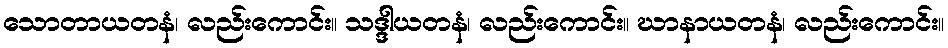
သောတာယတနံ၊ လည်းကောင်း။ သဒ္ဒါယတနံ၊ လည်းကောင်း။ ဃာနာယတနံ၊ လည်းကောင်း။